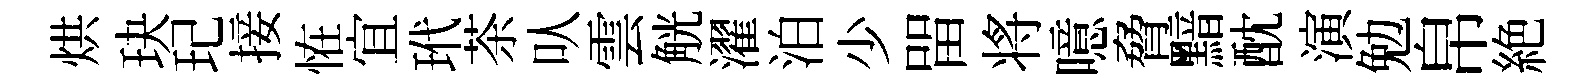
烘玦玘接恠宜玳茶㕥雲觥濯泊少㽞将噫脅黯酖演勉帛絶